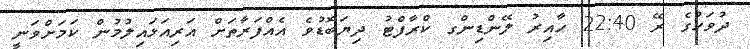
ދުވަހުގެ ރޭ 22:40 ހާއިރު ލޭންޑިންގ ކްރާފްޓު ދިޔަބޮޑުވެ އެއްފަރާތަށް އަރިއަޅައިލުމުން ކަމަށްވަނީ